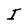
Character: I